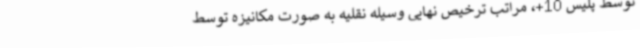
توسط پلیس 10+، مراتب ترخیص نهایی وسیله نقلیه به صورت مکانیزه توسط